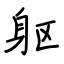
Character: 躯